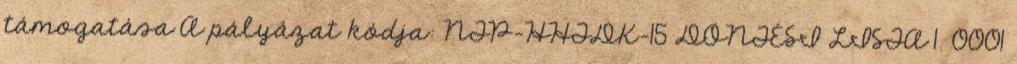
támogatása A pályázat kódja: NTP-HHTDK-15 DÖNTÉSI LISTA 1. 0001